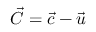
\vec { C } = \vec { c } - \vec { u }